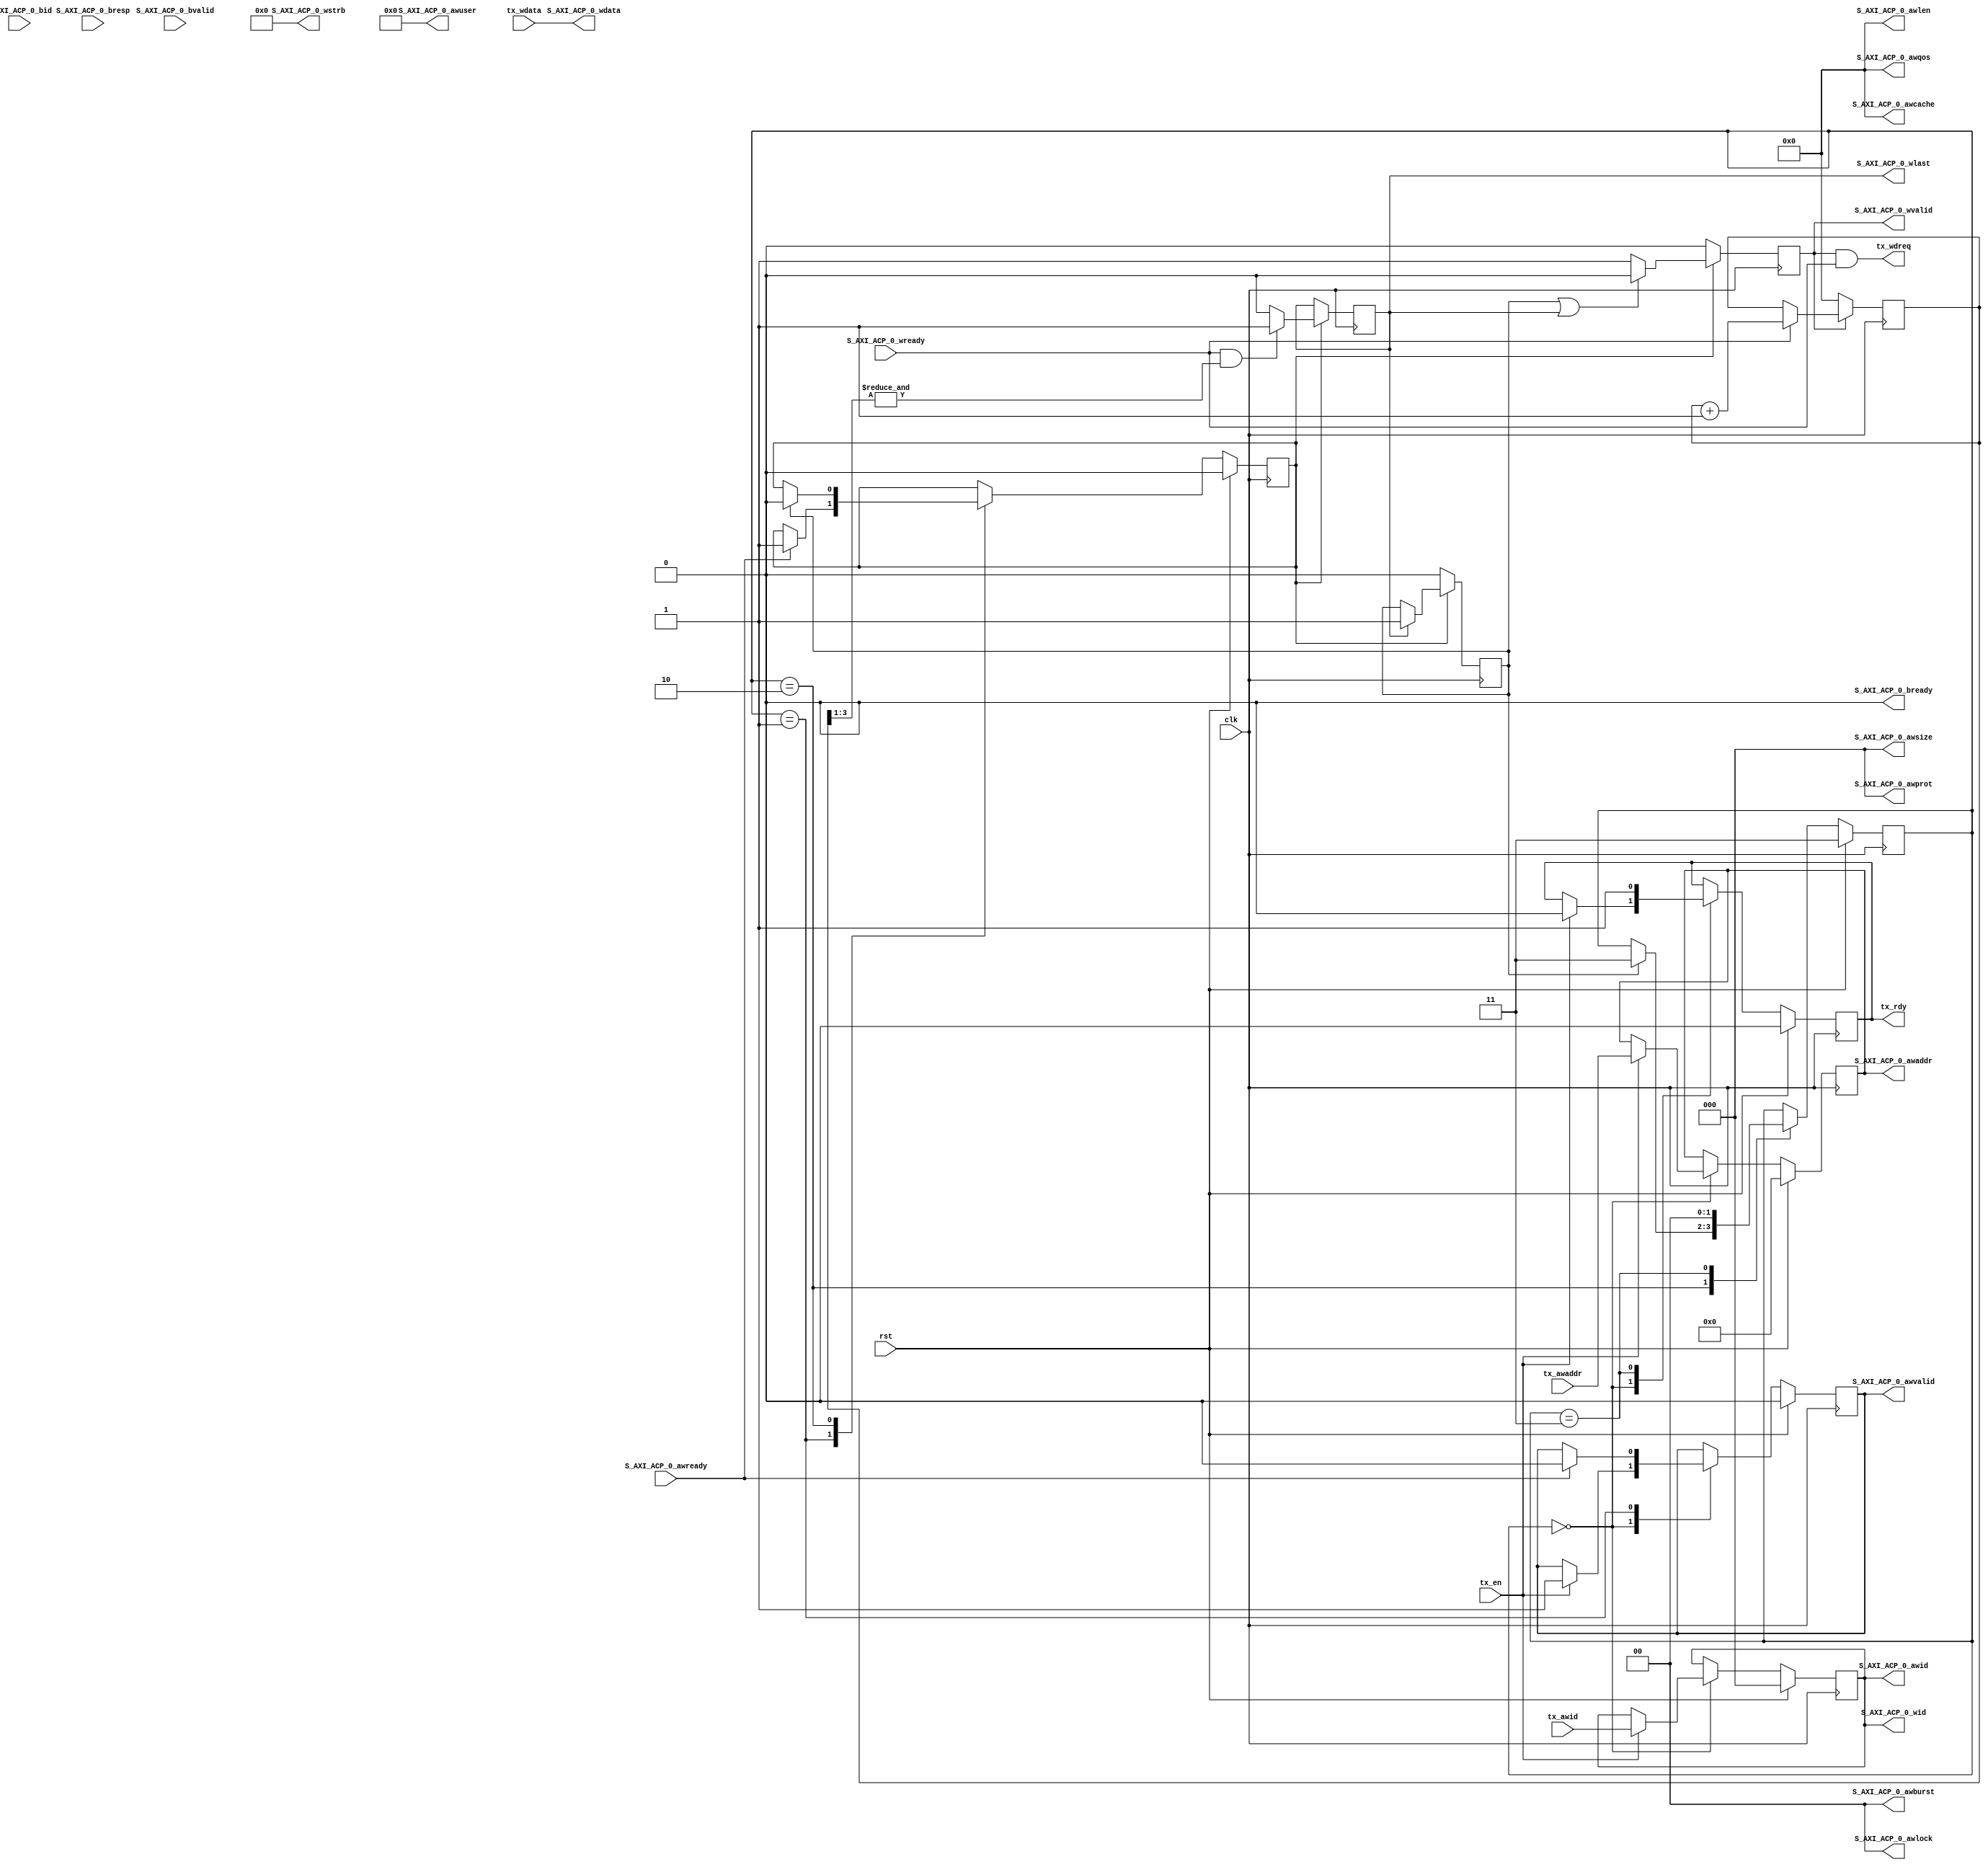
`timescale 1ns / 1ps
//////////////////////////////////////////////////////////////////////////////////
// Company:
// Engineer:
//
// Design Name:
// Module Name: Tc_PS_ACP_tx
// Project Name:
// Target Devices:
// Tool Versions:
// Description:
//
// Dependencies:
//
// Revision:
// Revision 0.01 - File Created
// Additional Comments:
//
//////////////////////////////////////////////////////////////////////////////////


module Tc_PS_ACP_tx(
input                  clk                      ,
input                  rst                      ,
input                  tx_en                    ,
output                 tx_rdy                   ,
input       [31:0]     tx_awaddr                ,
input       [2:0]      tx_awid                  ,
input       [63:0]     tx_wdata                 ,
output                 tx_wdreq                 ,
output      [31:0]     S_AXI_ACP_0_awaddr       ,
output      [1:0]      S_AXI_ACP_0_awburst      ,
output      [3:0]      S_AXI_ACP_0_awcache      ,
output      [2:0]      S_AXI_ACP_0_awid         ,
output      [3:0]      S_AXI_ACP_0_awlen        ,
output      [1:0]      S_AXI_ACP_0_awlock       ,
output      [2:0]      S_AXI_ACP_0_awprot       ,
output      [3:0]      S_AXI_ACP_0_awqos        ,
input                  S_AXI_ACP_0_awready      ,
output      [2:0]      S_AXI_ACP_0_awsize       ,
output      [4:0]      S_AXI_ACP_0_awuser       ,
output                 S_AXI_ACP_0_awvalid      ,
input       [2:0]      S_AXI_ACP_0_bid          ,
output                 S_AXI_ACP_0_bready       ,
input       [1:0]      S_AXI_ACP_0_bresp        ,
input                  S_AXI_ACP_0_bvalid       ,
output      [63:0]     S_AXI_ACP_0_wdata        ,
output      [2:0]      S_AXI_ACP_0_wid          ,
output                 S_AXI_ACP_0_wlast        ,
input                  S_AXI_ACP_0_wready       ,
output      [7:0]      S_AXI_ACP_0_wstrb        ,
output                 S_AXI_ACP_0_wvalid
    );

reg         t_tx_rdy   =0;
wire        awready      ;
reg [31:0]  awaddr     =0;
reg [2:0]   awid       =0;
reg         awvalid    =0;
reg         wen        =0;
reg         wcmpt      =0;
localparam S_IDLE = 0,
           S_ADDR = 1,
           S_DATA = 2,
           S_CMPT = 3;
reg[1:0] state=S_CMPT;
always@(posedge clk)begin
	if(rst)begin
		state    <= S_CMPT;
		t_tx_rdy <= 0     ;
		awaddr   <= 0     ;
		awid     <= 0     ;
		awvalid  <= 0     ;
		wen      <= 0     ;
	end else begin
		case(state)
			S_IDLE :begin
				if(tx_en)begin
					t_tx_rdy <= 0         ;
					awaddr   <= tx_awaddr ;
					awid     <= tx_awid   ;
					awvalid  <= 1         ;
				end
			end
			S_ADDR :begin
				if(awready)begin
					awvalid <= 0;
					wen     <= 1;
				end
			end
			S_DATA :begin
				if(wcmpt)begin
					state <= S_CMPT;
					wen   <= 0     ;
				end
			end
			S_CMPT :begin
				state    <= S_IDLE;
				t_tx_rdy <= 1     ;
			end
		endcase
	end
end

wire        wready       ;
wire[2:0]   wid          ;
wire        t_tx_wdreq   ;
wire[63:0]  wdata        ;
reg         wlast      =0;
reg         wvalid     =0;
reg [3:0]   tx_wcnt    =0;
always@(posedge clk)begin
	if(!wen)begin
		wvalid <= 0;
		wcmpt  <= 0;
	end else begin
		if(wcmpt|wlast)begin
			wvalid <= 0;
		end else begin
			wvalid <= 1;
		end
		if(wlast)begin
			wcmpt <= 1;
		end
		if(wready&(&tx_wcnt[3:1]))begin
			wlast <= 1;
		end else begin
			wlast <= 0;
		end
	end
end

always@(posedge clk)begin
	if(!wvalid)begin
		tx_wcnt <= 0;
	end else begin
		if(wready)begin
			tx_wcnt <= tx_wcnt + 1;
		end
	end
end

assign wid        = awid         ;
assign tx_rdy     = t_tx_rdy     ;
assign tx_wdreq   = t_tx_wdreq   ;
assign t_tx_wdreq = wvalid&wready;
assign wdata      = tx_wdata     ;

assign awready  = S_AXI_ACP_0_awready  ;
assign S_AXI_ACP_0_awaddr   = awaddr   ;
assign S_AXI_ACP_0_awid     = awid     ;
assign S_AXI_ACP_0_awvalid  = awvalid  ;
assign wready   = S_AXI_ACP_0_wready   ;
assign S_AXI_ACP_0_wdata    = wdata    ;
assign S_AXI_ACP_0_wid      = wid      ;
assign S_AXI_ACP_0_wlast    = wlast    ;
assign S_AXI_ACP_0_wvalid   = wvalid   ;

assign S_AXI_ACP_0_awburst  = 0;
assign S_AXI_ACP_0_awcache  = 0;
assign S_AXI_ACP_0_awlen    = 0;
assign S_AXI_ACP_0_awlock   = 0;
assign S_AXI_ACP_0_awprot   = 0;
assign S_AXI_ACP_0_awqos    = 0;
assign S_AXI_ACP_0_awsize   = 0;
assign S_AXI_ACP_0_awuser   = 0;
assign S_AXI_ACP_0_wstrb    = 0;
assign S_AXI_ACP_0_bready   = 0;

endmodule